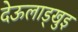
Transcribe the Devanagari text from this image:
देऊलाड्खुइ